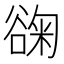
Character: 䜯